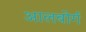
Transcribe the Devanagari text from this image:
आलबोर्ग